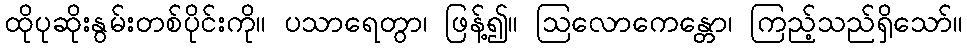
ထိုပုဆိုးနွမ်းတစ်ပိုင်းကို။ ပသာရေတွာ၊ ဖြန့်၍။ ဩလောကေန္တော၊ ကြည့်သည်ရှိသော်။